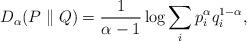
LaTeX: \begin{align*} D_\alpha(P\parallel Q)=\frac{1}{\alpha-1}\log\sum_i p_i^{\alpha}q_i^{1-\alpha},\end{align*}